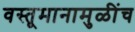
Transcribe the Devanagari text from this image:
वस्तूमानामुळींच